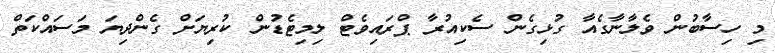
މި ހިސާބުން ވެލާނާގެއާ ގުޅިގެން ސެކިއުރާ ޕްރައިވެޓް ލިމިޓެޑުން ކުރިޔަށް ގެންދިޔަ މަސައްކަތް